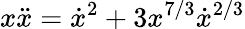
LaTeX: x\ddot{x}=\dot{x}^{2}+3x^{7/3}\dot{x}^{2/3}